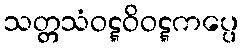
သတ္တသံဝဋ္ဋဝိဝဋ္ဋကပ္ပေ